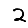
Digit: 2